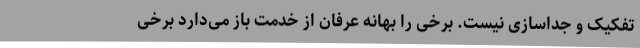
تفکیک و جداسازی نیست. برخی را بهانه عرفان از خدمت باز می‌دارد برخی